On the morphology, teratology, and diclinism of the flowers of cannabis - Number 12
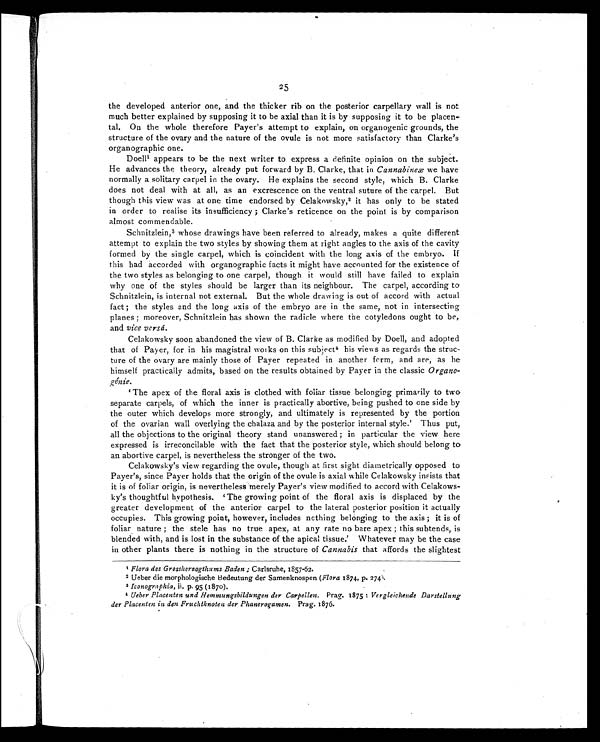
25
the developed anterior one, and the thicker rib on the posterior carpellary wall is not
much better explained by supposing it to be axial than it is by supposing it to be placen-
tal. On the whole therefore Payer's attempt to explain, on organogenic grounds, the
structure of the ovary and the nature of the ovule is not more satisfactory than Clarke's
organographic one.
Doell1appears to be the next writer to express a definite opinion on the subject.
He advances the theory, already put forward by B. Clarke, that in Cannabineæ we have
normally a solitary carpel in the ovary. He explains the second style, which B. Clarke
does not deal with at all, as an excrescence on the ventral suture of the carpel. But
though this view was at one time endorsed by Celakowsky, 2 it has only to be stated
in order to realise its insufficiency ; Clarke's reticence on the point is by comparison
almost commendable.
Schnitzlein, 3 whose drawings have been referred to already, makes a quite different
attempt to explain the two styles by showing them at right angles to the axis of the cavity
formed by the single carpel, which is coincident with the long axis of the embryo. If
this had accorded with organographic facts it might have accounted for the existence of
the two styles as belonging to one carpel, though it would still have failed to explain
why one of the styles should be larger than its neighbour. The carpel, according to
Schnitzlein, is internal not external. But the whole drawing is out of accord with actual
fact ; the styles and the long axis of the embryo are in the same, not in intersecting
planes ; moreover, Schnitzlein has shown the radicle where the cotyledons ought to be,
and vice versá.
Celakowsky soon abandoned the view of B. Clarke as modified by Doell, and adopted
that of Payer, for in his magistral works on this subject 4 his views as regards the struc-
ture of the ovary are mainly those of Payer repeated in another form, and are, as he
himself practically admits, based on the results obtained by Payer in the classic Organo-
g é n i e .
'The apex of the floral axis is clothed with foliar tissue belonging primarily to two
separate carpels, of which the inner is practically abortive, being pushed to one side by
the outer which develops more strongly, and ultimately is represented by the portion
of the ovarian wall overlying the chalaza and by the posterior internal style.' Thus put,
all the objections to the original theory stand unanswered ; in particular the view here
expressed is irreconcilable with the fact that the posterior style, which should belong to
an abortive carpel, is nevertheless the stronger of the two.
Celakowsky's view regarding the ovule, though at first sight diametrically opposed to
Payer's, since Payer holds that the origin of the ovule is axial while Celakowsky insists that
it is of foliar origin, is nevertheless merely Payer's view modified to accord with Celakows-
ky's thoughtful hypothesis. 'The growing point of the floral axis is displaced by the
greater development of the anterior carpel to the lateral posterior position it actually
occupies. This growing point, however, includes nothing belonging to the axis ; it is of
foliar nature ; the stele has no true apex, at any rate no bare apex ; this subtends, is
blended with, and is lost in the substance of the apical tissue.' Whatever may be the case
in other plants there is nothing in the structure of Cannabis that affords the slightest
1 Flora des Grosshersogthums Baden ; Carlsruhe, 1857-62.
2Ueber die morphologische Bedeutung der Samenknospen (
Flora1874, p. 274).
3 Iconographia, ii, p. 95 (1870).
4 Ueber Placenten and Hemmungsbildungen der Carpellen. Prag. 1875 : Vergleichende Darstellung
der Placenten in den Fruchtknoten der Phanerogamen. Prag. 1876.